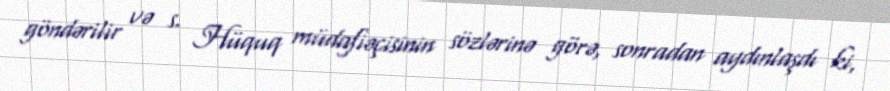
göndərilir və s. Hüquq müdafiəçisinin sözlərinə görə, sonradan aydınlaşdı ki,